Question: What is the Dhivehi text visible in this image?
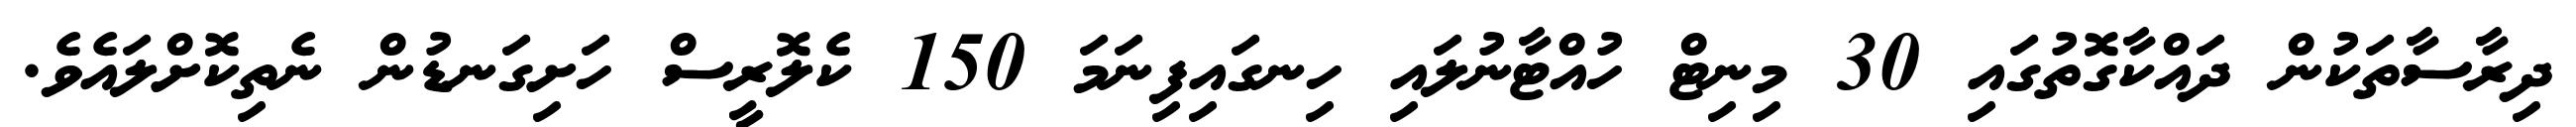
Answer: ދިރާސާތަކުން ދައްކާގޮތުގައި 30 މިނިޓް ހުއްޓާނުލައި ހިނގައިފިނަމަ 150 ކެލޮރީސް ހަށިގަނޑުން ނެތިކޮށްލައެވެ.